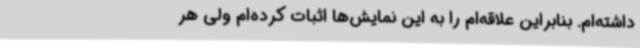
داشته‌ام. بنابراین علاقه‌ام را به این نمایش‌ها اثبات کرده‌ام ولی هر